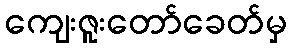
ကျေးဇူးတော်ခေတ်မှ